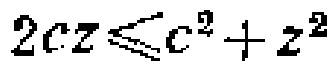
\(2cz\leqslant c^{2}+z^{2}\)